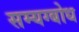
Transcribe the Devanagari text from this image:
सम्यग्बोध